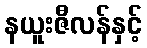
နယူးဇီလန်နှင့်